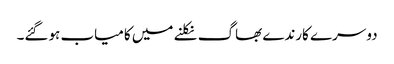
دوسرے کارندے بھاگ نکلنے میں کامیاب ہوگئے۔